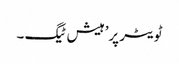
ٹویٹر پر’ہیش ٹیگ ۔